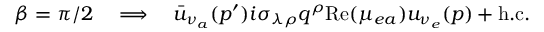
\beta = \pi / 2 \quad \Longrightarrow \quad \bar { u } _ { \nu _ { a } } ( p ^ { \prime } ) i \sigma _ { \lambda \rho } q ^ { \rho } \mathrm { R e } ( \mu _ { e a } ) u _ { \nu _ { e } } ( p ) + \mathrm { h . c . }